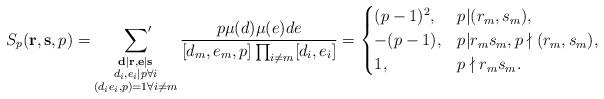
LaTeX: \begin{align*}S_p(\mathbf{r},\mathbf{s},p)=\sideset{}{'}\sum_{\substack{\mathbf{d}|\mathbf{r},\mathbf{e}|\mathbf{s}\\ d_i,e_i|p\forall i\\ (d_ie_i,p)=1\forall i\ne m}}\frac{p\mu(d) \mu(e) d e}{[d_m,e_m,p] \prod_{i\ne m}[d_i,e_i] }=\begin{cases}(p-1)^2,&p|(r_m,s_m),\\-(p-1), &p|r_ms_m, p\nmid (r_m, s_m),\\1, &p\nmid r_m s_m.\end{cases}\end{align*}